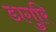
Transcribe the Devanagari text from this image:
डागुरि